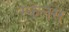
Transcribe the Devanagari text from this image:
स्केलस